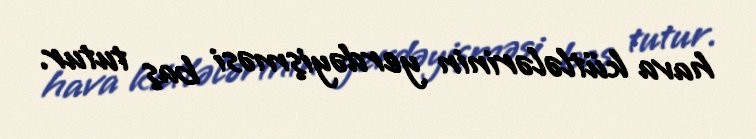
hava kütlələrinin yerdəyişməsi baş tutur.